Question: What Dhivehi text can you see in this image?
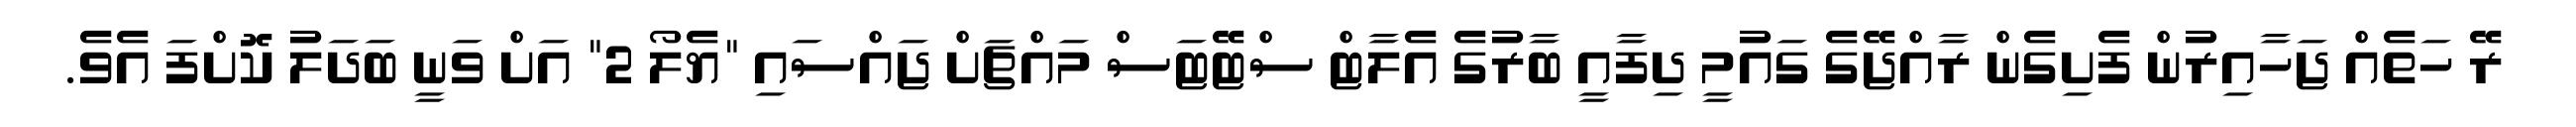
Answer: ރޭ ހަތެއް ޖަހާއިރުން ފެށިގެން ރާއްޖޭގެ ގައުމީ ދިފާއީ ބާރުގެ އެލާޓް ސްޓޭޓަސް މައްޗަށް ޖައްސައި "ޔެލޯ 2" އަށް ވަނީ ބަދަލު ކޮށްފަ އެވެ.